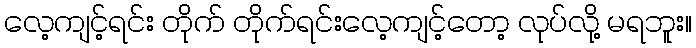
လေ့ကျင့်ရင်း တိုက် တိုက်ရင်းလေ့ကျင့်တော့ လုပ်လို့ မရဘူး။